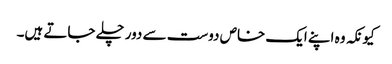
کیونکہ وہ اپنے ایک خاص دوست سے دور چلے جاتے ہیں۔